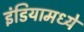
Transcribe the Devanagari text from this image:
इंडियामध्‍ये